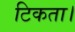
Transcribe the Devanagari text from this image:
टिकता।